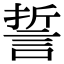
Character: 誓